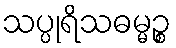
သပ္ပုရိသဓမ္မဉ္စ